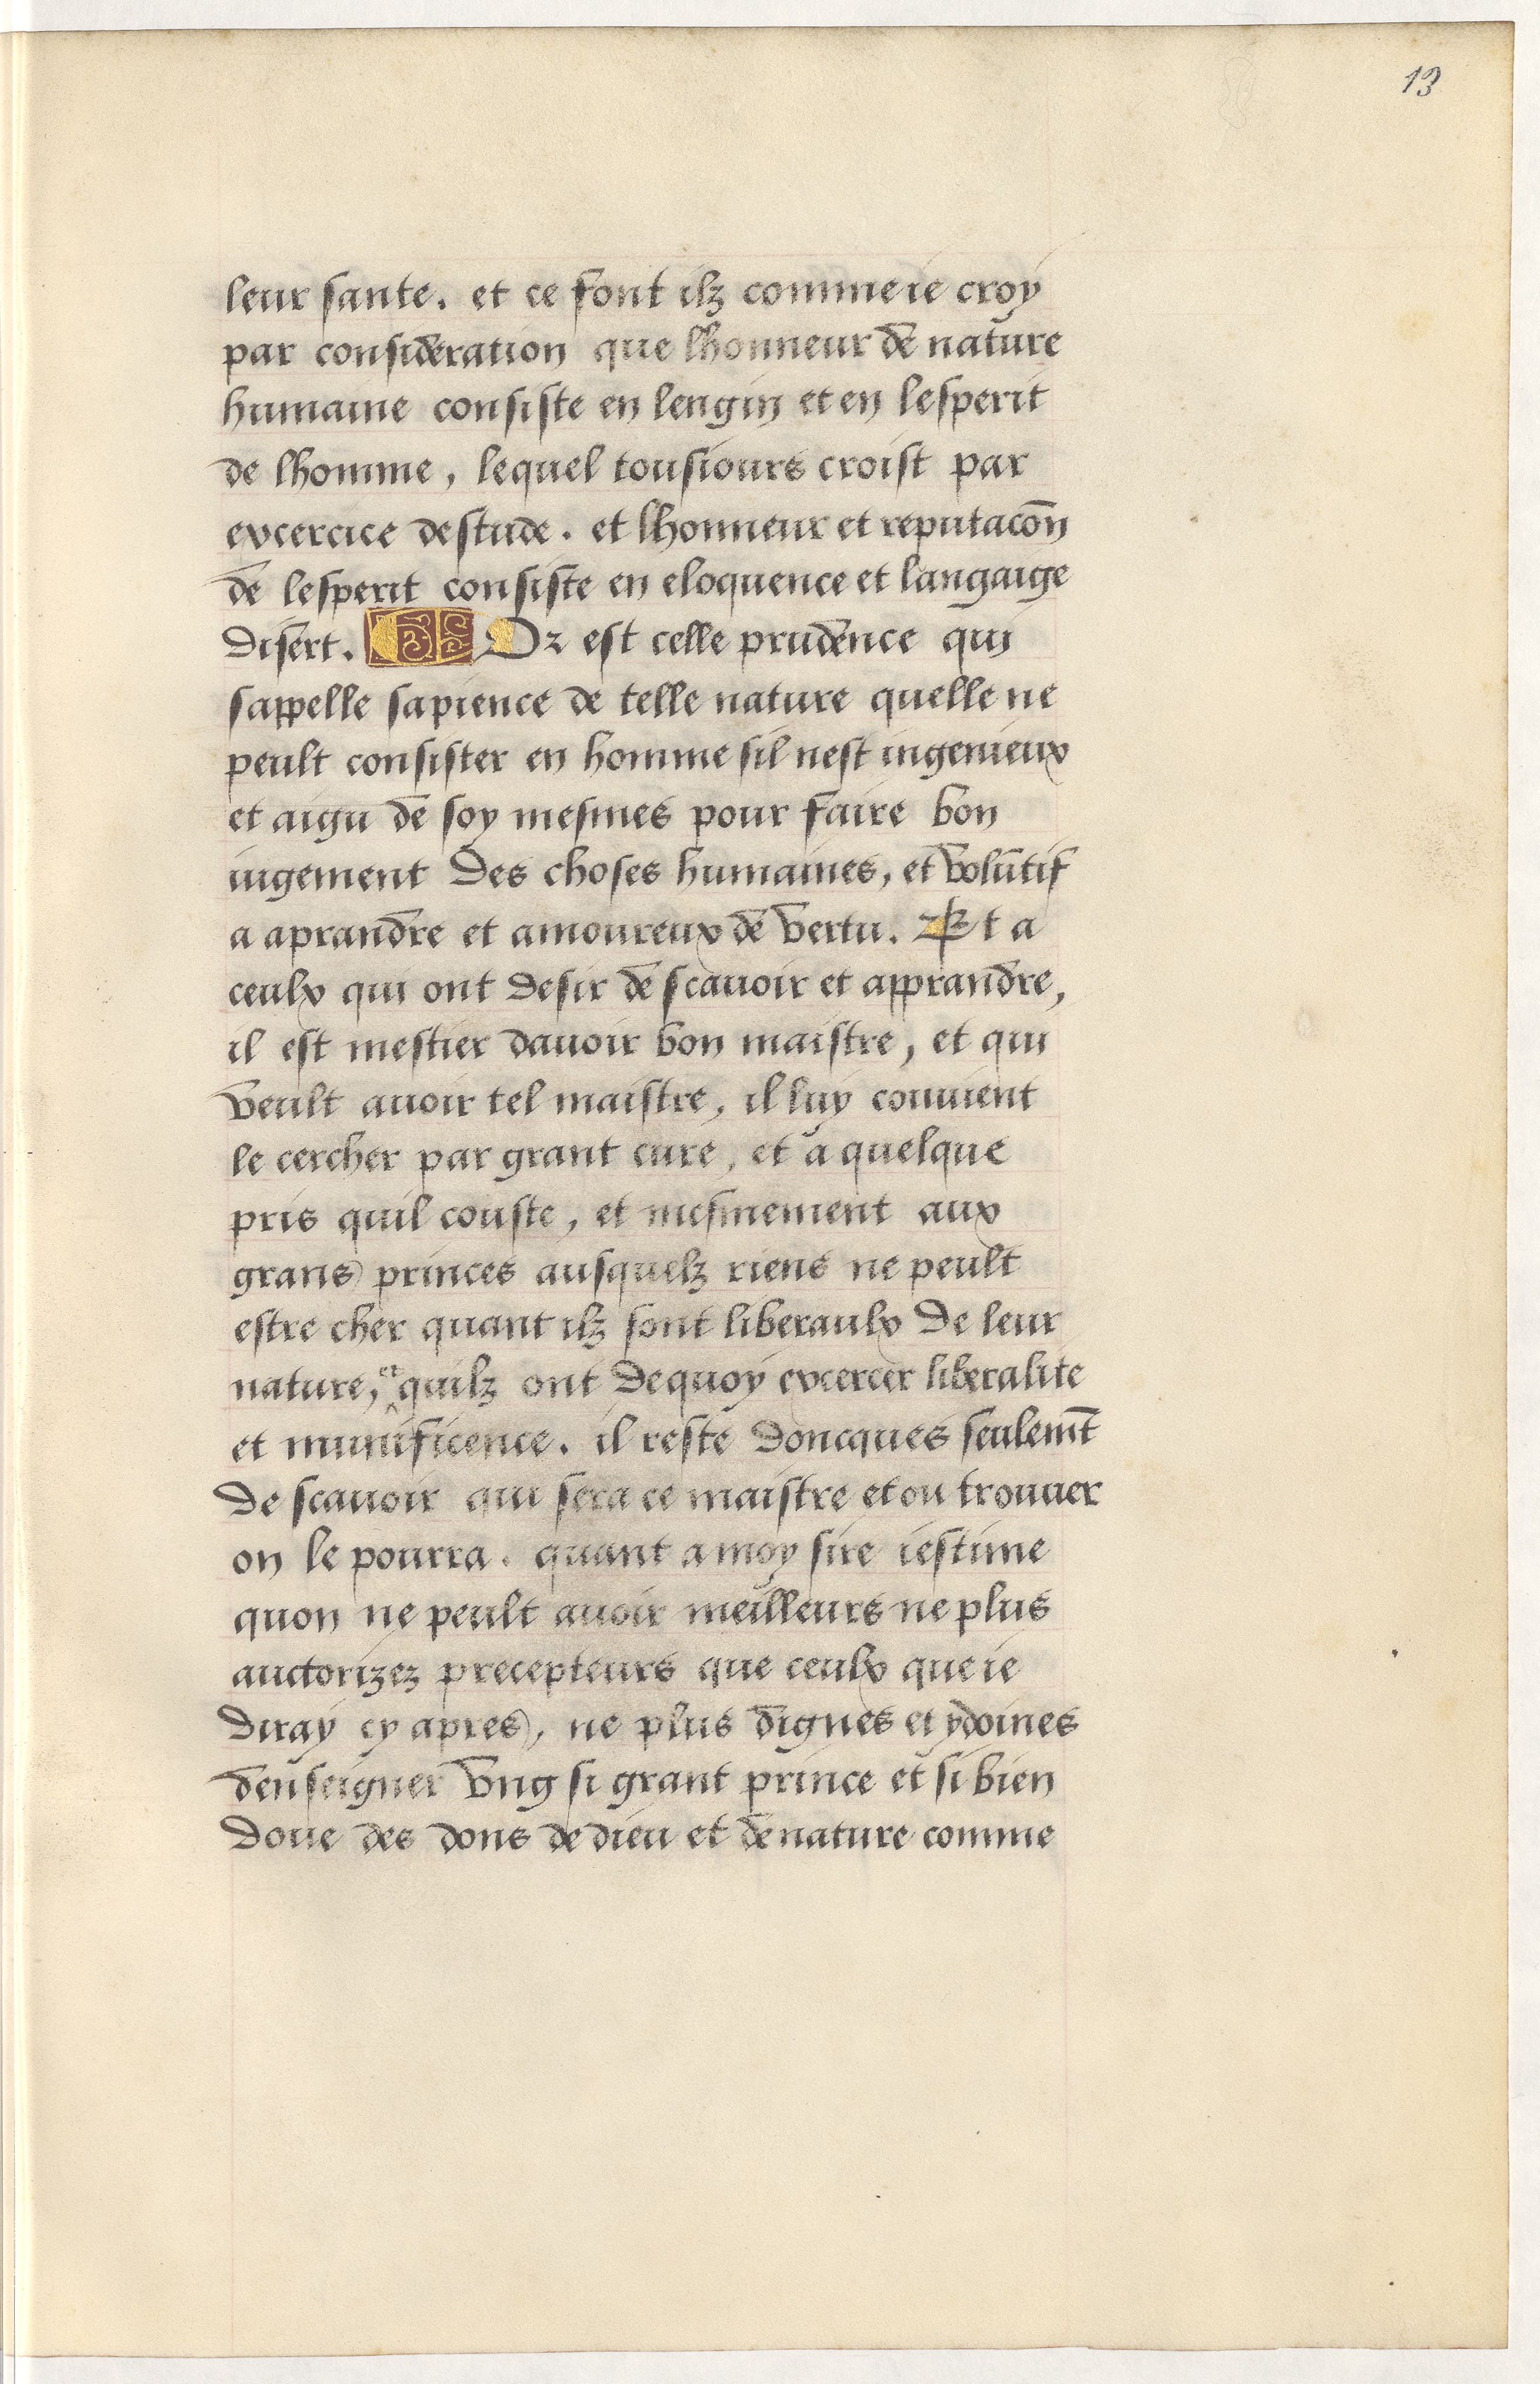
Shelfmark: Paris, BnF, Arsenal, 5103
Century: 15